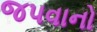
જપવાનો